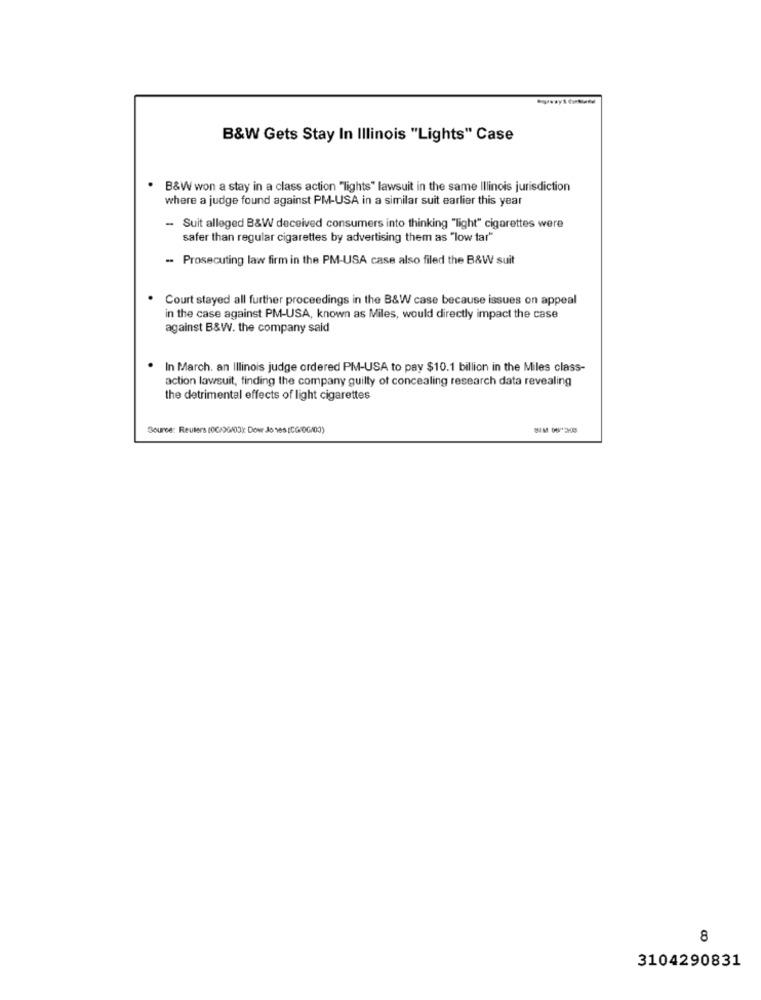
B&W Gets Stay In Illinois "Lights" Case
B&W won a stay in a class action "lights" lawsuit in the same Illinois jurisdiction
where a judge found against PM-USA in a similar suit earlier this year
- Suit alleged B&W deceived consumers into thinking "light" cigarettes were
safer than regular cigarettes by advertising them as "low tar"
- Prosecuting law firm in the PM-USA case also filed the B&W suit
Court stayed all further proceedings in the B&W case because issues on appeal
in the case against PM-USA, known as Miles, would directly impact the case
against B&W. the company said
In March. an Illinois judge ordered PM-USA to pay $10.1 billion in the Miles class-
action lawsuit, finding the company guilty of concealing research data revealing
the detrimental effects of light cigarettes
Source: Reuters (00/30/03): Dow Jones (CG/0G/00)
8
3104290831